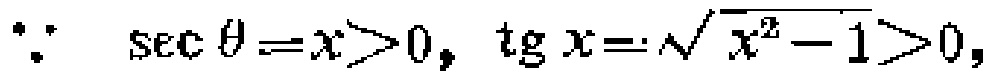
\(\because \sec\theta = x>0,\ \tg x = \sqrt{x^{2}-1}>0,\)